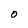
Character: O